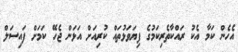
އެހެން ކަމާ އެކު ރައްކާތެރިކަމުގެ ފިޔަވަޅުތައް ކުރިއަށް އަޅަން ޖެހޭ ކަމަށް ފައިސަލް